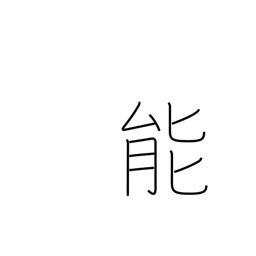
Meaning: talent